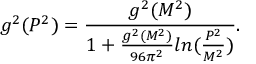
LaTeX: g ^ { 2 } ( P ^ { 2 } ) = \frac { g ^ { 2 } ( M ^ { 2 } ) } { 1 + \frac { g ^ { 2 } ( M ^ { 2 } ) } { 9 6 \pi ^ { 2 } } l n ( \frac { P ^ { 2 } } { M ^ { 2 } } ) } .